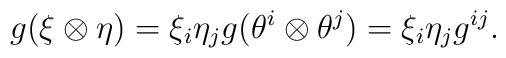
g(\xi \otimes \eta) = \xi_i \eta_j g(\theta^i \otimes \theta^j) = \xi_i \eta_j g^{ij}.